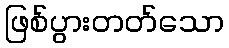
ဖြစ်ပွားတတ်သော